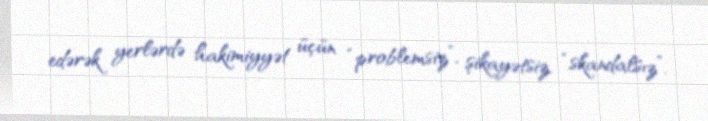
edərək yerlərdə hakimiyyət üçün “problemsiz”, şikayətsiz, “skandalsız”,